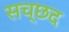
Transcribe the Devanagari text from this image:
सच्छद